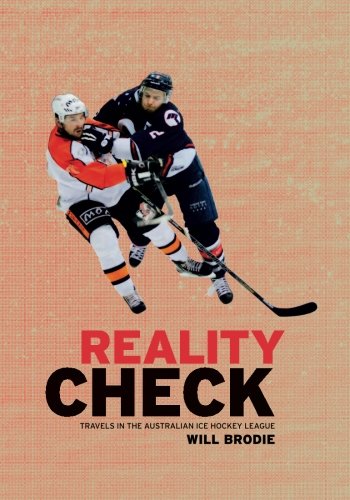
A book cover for Reality Check: Travels in the Australian Ice Hockey League; Will Brodie; Biographies & Memoirs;